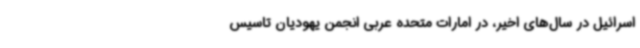
اسرائیل در سال‌های اخیر، در امارات متحده عربی انجمن یهودیان تاسیس